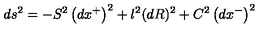
d s ^ { 2 } = - S ^ { 2 } \left( d x ^ { + } \right) ^ { 2 } + l ^ { 2 } ( d R ) ^ { 2 } + C ^ { 2 } \left( d x ^ { - } \right) ^ { 2 }